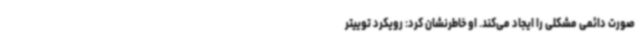
صورت دائمی مشکلی را ایجاد می‌کند. او خاطرنشان کرد: رویکرد توییتر